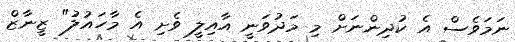
ނަމަވެސް އެ ކުދިންނަށް މި މަދުވަނީ އާއިލީ ވެށި އެ މާހައުލު" ޒީނާޒް